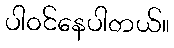
ပါဝင်နေပါတယ်။